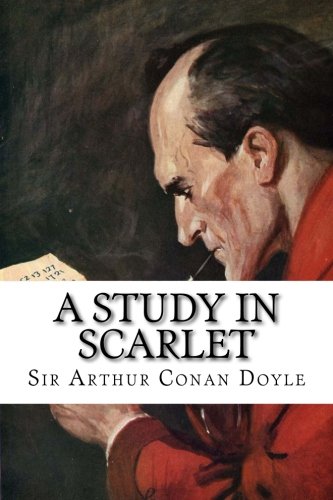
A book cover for A Study in Scarlet; Sir Arthur Conan Doyle; Mystery, Thriller & Suspense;